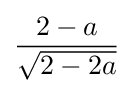
{\frac {2-a}{\sqrt {2-2a}}}